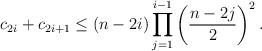
LaTeX: \begin{align*} c_{2i}+c_{2i+1}\leq (n-2i)\prod_{j=1}^{i-1}\left(\frac{n-2j}{2}\right)^2. \end{align*}